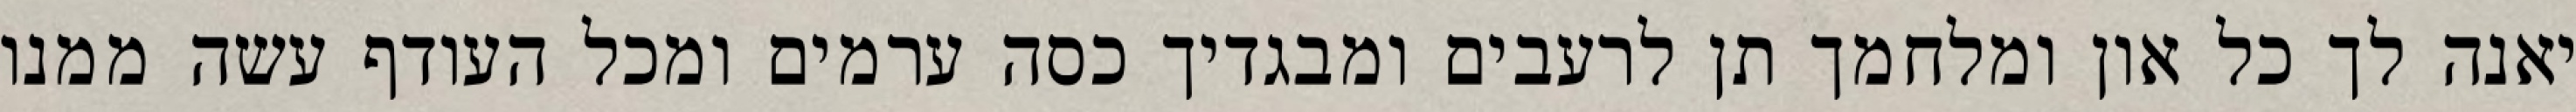
יאנה לך כל און ומלחמך תן לרעבים ומבגדיך כסה ערמים ומכל העודף עשה ממנו